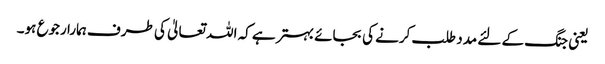
یعنی جنگ کے لئے مدد طلب کرنے کی بجائے بہتر ہے کہ اللہ تعالیٰ کی طرف ہمارا رجوع ہو۔